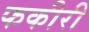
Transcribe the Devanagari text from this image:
फकीरी